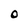
Character: O